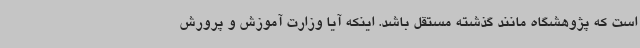
است که پژوهشگاه مانند گذشته مستقل باشد. اینکه آیا وزارت آموزش و پرورش